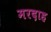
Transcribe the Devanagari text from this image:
मरदाह